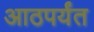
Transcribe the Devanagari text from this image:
आठपर्यंत